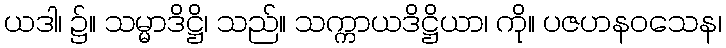
ယဒါ၊ ၌။ သမ္မာဒိဋ္ဌိ၊ သည်။ သက္ကာယဒိဋ္ဌိယာ၊ ကို။ ပဇဟနဝသေန၊